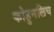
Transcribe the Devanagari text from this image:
कोहुनलिच